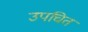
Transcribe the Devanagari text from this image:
उपचित